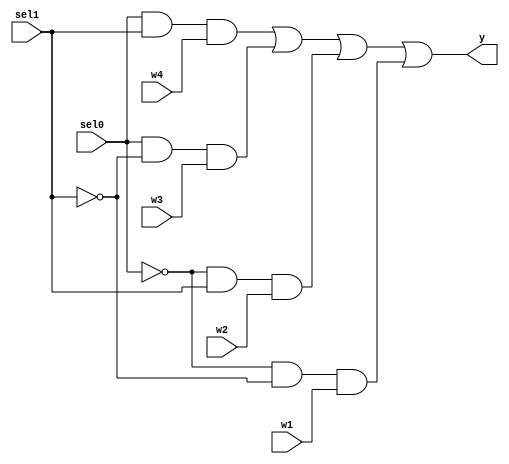
`timescale 1ps/1ps

module MUX(w1, w2, w3, w4, sel0, sel1, y);
     input w1, w2, w3, w4;
     input sel0, sel1;
     output y;
     wire negsel0, negsel1;
     wire r1, r2, r3, r4;

     assign negsel0 = ~sel0;
     assign negsel1 = ~sel1;

     and a0(r1,sel0,sel1,w4);
     and a1(r2,sel0,negsel1,w3);
     and a2(r3,negsel0,sel1,w2);
     and a3(r4,negsel0,negsel1,w1);
     or o1(y, r1, r2, r3, r4);

endmodule


module que1_2(M, sel0, sel1, y);
    input [3:0] M;
    input sel0, sel1;
    output [3:0] y;
    wire y1, y2, y3, y4;
    reg w1, w2, w3, w4;
    wire [1:0] sel;
    assign sel = {sel0, sel1};

    always @ (*) begin

        case(sel)
            2'b00: begin
                w1 = M[1]; // 1
                w2 = M[2]; // 1
                w3 = M[3]; // 0
                w4 = 0;    // 1
            end
            2'b01: begin
                w1 = M[2]; // 1
                w2 = 0;    // 1
                w3 = M[0]; // 0
                w4 = M[1]; // 1
            end
            2'b10: begin
                w1 = M[3]; // 1
                w2 = M[0]; // 1
                w3 = M[1]; // 0
                w4 = M[2]; // 1
            end
            2'b11: begin
                w1 = M[0]; // 1
                w2 = M[1]; // 1
                w3 = M[2]; // 0
                w4 = M[3]; // 1
            end
        endcase

    end

    MUX mux1(w1, w2, w3, w4, sel0, sel1, y1); // 0
    MUX mux2(w2, w3, w4, w1, sel0, sel1, y2); // 1
    MUX mux3(w3, w4, w1, w2, sel0, sel1, y3); // 2
    MUX mux4(w4, w1, w2, w3, sel0, sel1, y4); // 3

    assign y[0] = y1;
    assign y[1] = y2;
    assign y[2] = y3;
    assign y[3] = y4;

endmodule


module que12_tb;
  reg[3:0] w;
  reg sel0, sel1;
  wire [3:0] y;

	que1_2 op(w, sel0, sel1, y);

	initial begin

	#0  w=4'b1011;sel0=1'b0;sel1=1'b0;
    #1  w=4'b1011;sel0=1'b0;sel1=1'b1;
    #1  w=4'b1011;sel0=1'b1;sel1=1'b0;
    #1  w=4'b1011;sel0=1'b1;sel1=1'b1;
    #1
    $finish;

	end

	initial begin

    $dumpfile("q1.vcd");
    $dumpvars(0,que12_tb);
	$monitor("w=%b \t s=%b%b \ty=%b ",w,sel0,sel1,y);

	end
endmodule